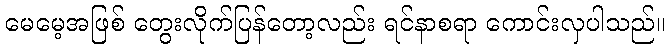
မေမေ့အဖြစ် တွေးလိုက်ပြန်တော့လည်း ရင်နာစရာ ကောင်းလှပါသည်။